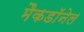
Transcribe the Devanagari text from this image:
मैकडाॅनेल